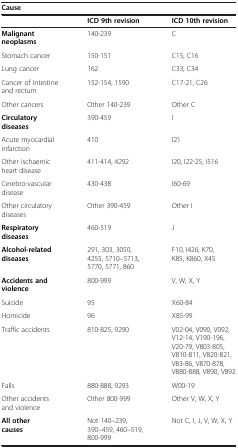
<table><thead><tr><td colspan="3"><b>Cause</b></td></tr><tr><td><b> </b></td><td><b>ICD 9th revision</b></td><td><b>ICD 10th revision</b></td></tr></thead><tbody><tr><td><b>Malignant neoplasms</b></td><td>140-239</td><td>C</td></tr><tr><td>Stomach cancer</td><td>150-151</td><td>C15, C16</td></tr><tr><td>Lung cancer</td><td>162</td><td>C33, C34</td></tr><tr><td>Cancer of intestine and rectum</td><td>152-154, 1590</td><td>C17-21, C26</td></tr><tr><td>Other cancers</td><td>Other 140-239</td><td>Other C</td></tr><tr><td><b>Circulatory diseases</b></td><td>390-459</td><td>I</td></tr><tr><td>Acute myocardial infarction</td><td>410</td><td>I21</td></tr><tr><td>Other ischaemic heart disease</td><td>411-414, 4292</td><td>I20, I22-25, I516</td></tr><tr><td>Cerebro-vascular disease</td><td>430-438</td><td>I60-69</td></tr><tr><td>Other circulatory diseases</td><td>Other 390-459</td><td>Other I</td></tr><tr><td><b>Respiratory diseases</b></td><td>460-519</td><td>J</td></tr><tr><td><b>Alcohol-related diseases</b></td><td>291, 303, 3050, 4255, 5710–5713, 5770, 5771, 860</td><td>F10, I426, K70, K85, K860, X45</td></tr><tr><td><b>Accidents and violence</b></td><td>800-999</td><td>V, W, X, Y</td></tr><tr><td>Suicide</td><td>95</td><td>X60-84</td></tr><tr><td>Homicide</td><td>96</td><td>X85-99</td></tr><tr><td>Traffic accidents</td><td>810-825, 9290</td><td>V02-04, V090, V092, V12-14, V190-196, V20-79, V803-805, V810-811, V820-821, V83-86, V870-878, V880-888, V890, V892</td></tr><tr><td>Falls</td><td>880-888, 9293</td><td>W00-19</td></tr><tr><td>Other accidents and violence</td><td>Other 800-999</td><td>Other V, W, X, Y</td></tr><tr><td><b>All other causes</b></td><td>Not 140–239, 390–459, 460–519, 800-999</td><td>Not C, I, J, V, W, X, Y</td></tr></tbody></table>